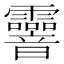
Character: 𩇄